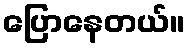
ပြောနေတယ်။